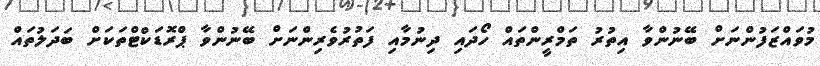
މުވައްޒަފުންނަށް ބޭނުންވާ އިތުރު ތަމްރީންތައް ހޯދައި ދިނުމާއި ފަތުރުވެރިންނަށް ބޭނުންވާ ޕްރޮޑަކްޓްތަކަށް ބަދަލުތައް